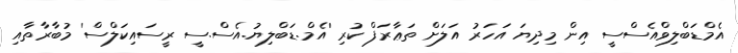
އެމްޑަބްލިވްއެސްސީ އިން މިދިޔަ އަހަރު އަލަށް ތަޢާރަފް ކުރި 'އެމް.ޑަބްލިޔު.އެސް.ސީ ރީސައިކަލްސް' މުބާރާތާއި